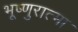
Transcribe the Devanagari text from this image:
भूष्णुरात्मा